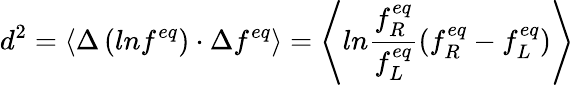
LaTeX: d^{2}=\left\langle\Delta\left(lnf^{eq}\right)\cdot\Delta f^{eq}\right\rangle=\left\langle ln\frac{f_{R}^{eq}}{f_{L}^{eq}}(f_{R}^{eq}-f_{L}^{eq})\right\rangle